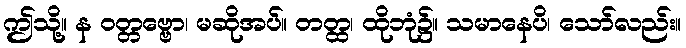
ဤသို့။ န ဝတ္တဗ္ဗော၊ မဆိုအပ်။ တတ္ထ၊ ထိုဘုံ၌။ သမာနေပိ၊ သော်လည်း။